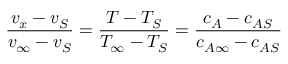
{ \frac { v _ { x } - v _ { S } } { v _ { \infty } - v _ { S } } } = { \frac { T - T _ { S } } { T _ { \infty } - T _ { S } } } = { \frac { c _ { A } - c _ { A S } } { c _ { A \infty } - c _ { A S } } }